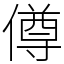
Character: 僔